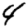
Digit: 4